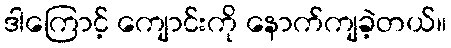
ဒါကြောင့် ကျောင်းကို နောက်ကျခဲ့တယ်။